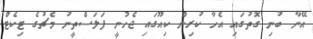
އޭނާ ބުނި ގޮތުގައި އެހާ ކުރިން ކިއޫގައި ޖެހުނީ ފަލަސްތީނު މެޗުގެ ޓިކެޓް